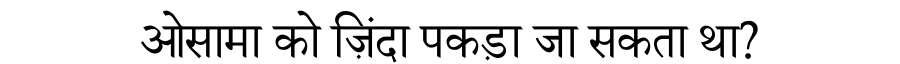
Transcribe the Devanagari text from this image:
ओसामा को ज़िंदा पकड़ा जा सकता था?